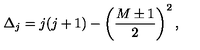
\Delta _ { j } = j ( j + 1 ) - \left( { \frac { M \pm 1 } { 2 } } \right) ^ { 2 } ,